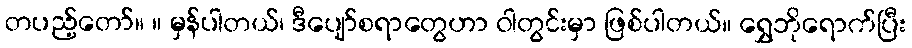
တပည့်တော်။ ။ မှန်ပါတယ်၊ ဒီပျော်စရာတွေဟာ ဝါတွင်းမှာ ဖြစ်ပါတယ်။ ရွှေဘိုရောက်ပြီး